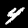
Digit: 4